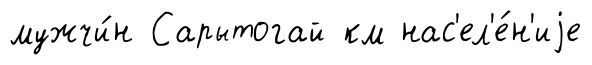
мужчи́н Сарытогай км нас'ел'е́н'иjе